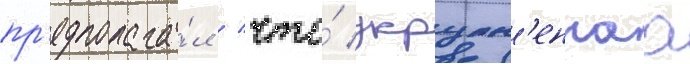
пр'едполага́л / что́ укрупн'еннаа